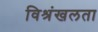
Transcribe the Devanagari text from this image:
विश्रंखलता